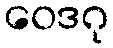
ဝေဒဂု